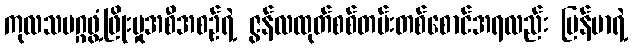
ကုလသမဂ္ဂဖွံ့ဖြိုးမှုအစီအစဉ်ရဲ့ ဇွန်လထုတ်စစ်တမ်းတစ်စောင်အရလည်း မြန်မာရဲ့